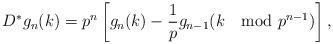
LaTeX: \begin{align*}D^*g_n(k)=p^n\left[g_n(k)-\frac 1p g_{n-1}(k\mod p^{n-1})\right],\end{align*}